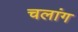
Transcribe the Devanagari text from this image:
चलांग